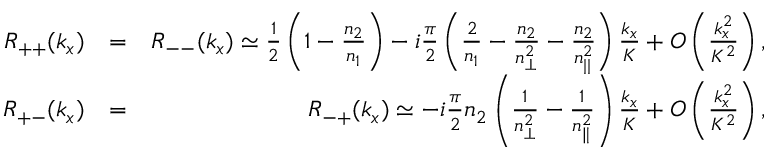
\begin{array} { r l r } { R _ { + + } ( k _ { x } ) } & { = } & { R _ { -- } ( k _ { x } ) \simeq \frac { 1 } { 2 } \left( 1 - \frac { n _ { 2 } } { n _ { 1 } } \right) - i \frac { \pi } { 2 } \left( \frac { 2 } { n _ { 1 } } - \frac { n _ { 2 } } { n _ { \perp } ^ { 2 } } - \frac { n _ { 2 } } { n _ { | | } ^ { 2 } } \right) \frac { k _ { x } } { K } + { \cal O } \left( \frac { k _ { x } ^ { 2 } } { K ^ { 2 } } \right) , } \\ { R _ { + - } ( k _ { x } ) } & { = } & { R _ { - + } ( k _ { x } ) \simeq - i \frac { \pi } { 2 } n _ { 2 } \left( \frac { 1 } { n _ { \perp } ^ { 2 } } - \frac { 1 } { n _ { \parallel } ^ { 2 } } \right) \frac { k _ { x } } { K } + { \cal O } \left( \frac { k _ { x } ^ { 2 } } { K ^ { 2 } } \right) , } \end{array}